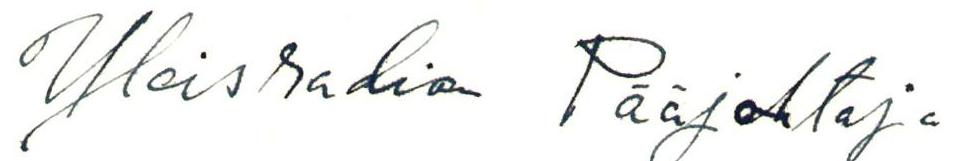
Yleisradion Pääjohtaja